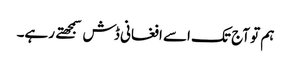
ہم تو آج تک اسے افغانی ڈش سمجهتے رہے۔